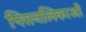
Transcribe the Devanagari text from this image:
पित्तनलिकाओं